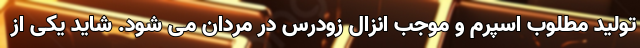
تولید مطلوب اسپرم و موجب انزال زودرس در مردان می شود. شاید یکی از